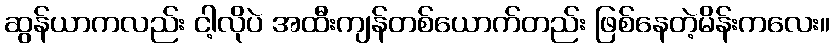
ဆွန်ယာကလည်း ငါ့လိုပဲ အထီးကျန်တစ်ယောက်တည်း ဖြစ်နေတဲ့မိန်းကလေး။